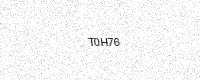
Text: T0H76